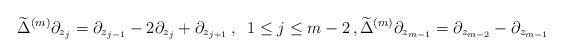
LaTeX: \begin{align*} \widetilde\Delta^{(m)} \partial_{z_j} = \partial_{z_{j-1}} - 2 \partial_{z_j} + \partial_{z_{j+1}}\,, \;\; 1 \le j \le m-2 \,, \widetilde\Delta^{(m)} \partial_{z_{m-1}} = \partial_{z_{m-2}} - \partial_{z_{m-1}} \end{align*}